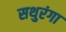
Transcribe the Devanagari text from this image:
सथुरंगा